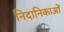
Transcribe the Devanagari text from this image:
निदानिकाओं